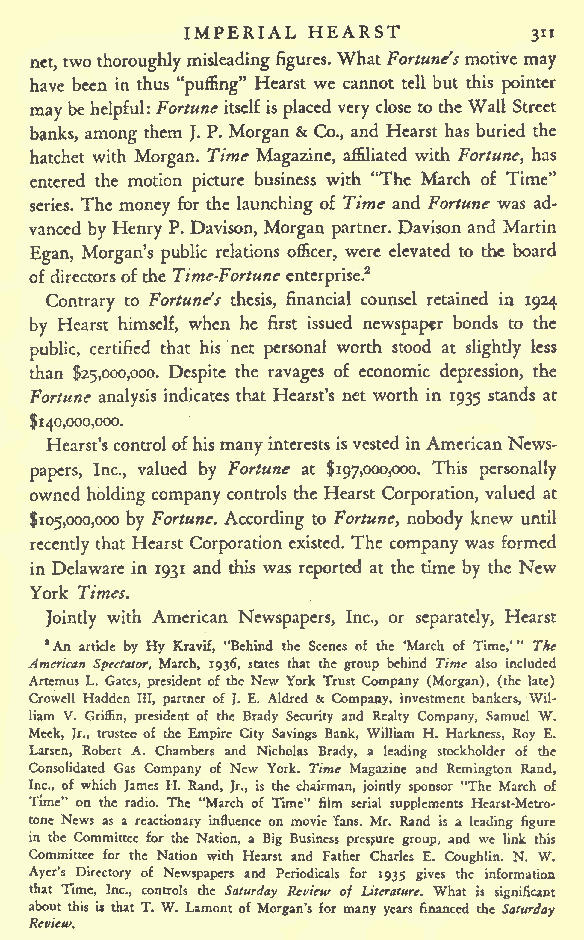
IMPERIAL HEARST
 311
 net, two thoroughly misleadingfigures. WhatFortune'smotive may
 have been in thus "puffing" Hearst we cannot tell but this pointer
 may behelpful: Fortuneitself is placed very close tothe Wall Street
 banks, among them J. P. Morgan & Co., and Hearst has buried the
 hatchet with Morgan. Time Magazine, affiliated with Fortune, has
 entered the motion picture business with "The March of Time"
 series. The money for the launching of Time and Fortune was ad-
 vanced by Henry P. Davison, Morgan partner. Davison and Martin
 Egan, Morgan's public relations officer, were elevated to the board
 ofdirectorsofthe Time-Fortune enterprise.2
 Contrary to Fortune's thesis, financial counsel retained in 1924
 by Hearst himself, when he first issued newspaptr bonds to the
 public, certified that his net personal worth stood at slightly less
 than $25,000,000. Despite the ravages of economic depression, the
 Fortune analysis indicates that Hearst's net worth in 1935 stands at
 $140,000,000.
 Hearst's controlofhismanyinterestsisvested in AmericanNews-
 papers, Inc., valued by Fortune at $197,000,000. This personally
 owned holding company controls the Hearst Corporation, valued at
 $105,000,000 by Fortune. According to Fortune, nobody knew until
 recently that Hearst Corporation existed. The company was formed
 in Delaware in 1931 and this was reported at the time by the New
 York Times.
 Jointly with American Newspapers, Inc., or separately, Hearst
 "An article by Hy Kravif, "Behind the Scenes of the 'March of Time,'" The
 American Spectator, March, 1936, states that the group behind Time also included
 Artemus L. Gates, president of the New York Trust Company (Morgan), (the late)
 Crowell Hadden III, partner of J. E. Aldred & Company, investment bankers, Wil-
 liam V. Griffin, president of the Brady Security and Realty Company, Samuel W.
 Meek, Jr., trustee of the Empire City Savings Bank, William H. Harkness, Roy E.
 Larsen, Robert A. Chambers and Nicholas Brady, a leading stockholder of the
 Consolidated Gas Company of New York. Time Magazine and Remington Rand,
 Inc., of which James H. Rand, Jr., is the chairman, jointly sponsor "The March of
 Time" on the radio. The "March of Time" film serial supplements Hcarst-Metro-
 tone News as a reactionary influence on movie"fans. Mr. Rand is a leading figure
 in the Committee for the Nation, a Big Business pressure group, and we link this
 Committee for the Nation with Hearst and Father Charles E. Coughlin. N. W.
 Ayer's Directory of Newspapers and Periodicals for 1935 gives the information
 that Time, Inc., controls the Saturday Review of Literature. What is significant
 about this is that T. W. Lament of Morgan's for many years financed the Saturday
 Review.